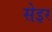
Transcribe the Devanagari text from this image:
सेइर